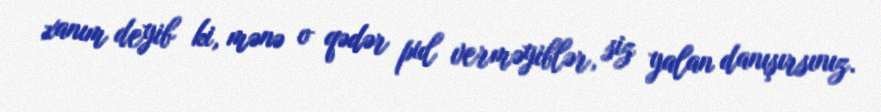
xanım deyib ki, mənə o qədər pul verməyiblər, siz yalan danışırsınız.